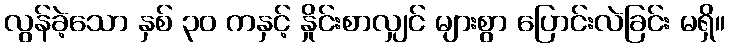
လွန်ခဲ့သော နှစ် ၃၀ ကနှင့် နှိုင်းစာလျှင် များစွာ ပြောင်းလဲခြင်း မရှိ။